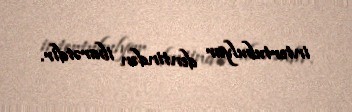
intertubulyar dentindən ibarətdir.